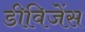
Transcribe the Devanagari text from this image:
डीविजेंस